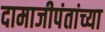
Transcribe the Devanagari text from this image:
दामाजीपंतांच्या